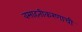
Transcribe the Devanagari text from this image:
वसाहतीकरणाची